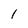
Character: I